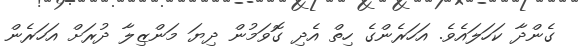
ގެންދާ ކަހަލައެވެ. އަހަރެންގެ ހިތް އެދި ގޮވަމުން ދިޔަ މަންޒިލާ ދުރަށް އަހަރެން